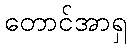
တောင်အာရှ